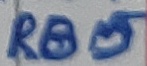
Text: RB5